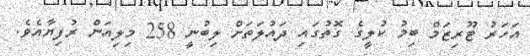
އަހަރު ޓޫރިޒަމް ބިމު ކުލީގެ ގޮތުގައި ދައުލަތަށް ލިބުނީ 258 މިލިއަން ރުފިޔާއެވެ.